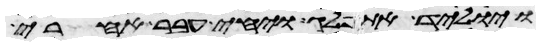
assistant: ויוליד את פלג ויחי עבר אחרי